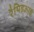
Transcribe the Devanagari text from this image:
रैपिडआई